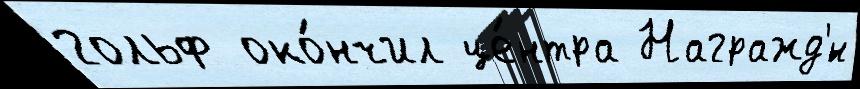
гольф око́нчил це́нтра Награжд'́н